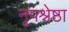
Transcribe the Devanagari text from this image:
नृपश्रेष्ठा